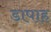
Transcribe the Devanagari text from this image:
डापाह